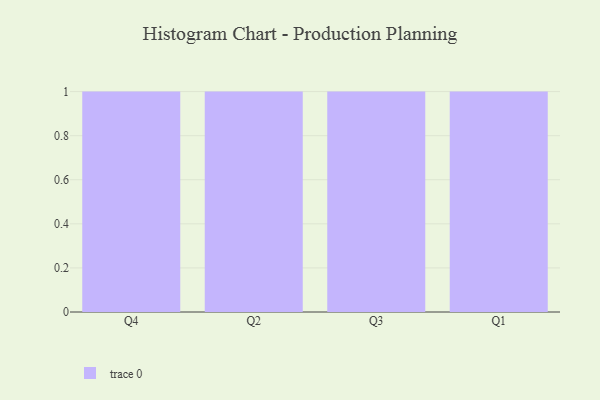
{"axis": {"x": "Quarter", "y": "Page Views"}, "legend": [""], "data": [{"x": "Q4", "y": 22, "type": ""}, {"x": "Q2", "y": 46, "type": ""}, {"x": "Q3", "y": 83, "type": ""}, {"x": "Q1", "y": 69, "type": ""}]}